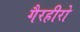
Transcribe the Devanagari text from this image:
गैरहीरो